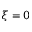
\xi = 0